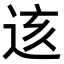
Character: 𨒨